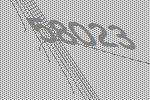
58023